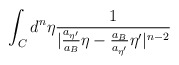
\begin{align*}\int_{C}{d^n}{\eta}\frac{1}{|\frac{a_{{\eta}'}}{a_B}{\eta}- \frac{a_B}{a_{{\eta}'}}{\eta}'|^{n-2}}\end{align*}